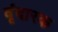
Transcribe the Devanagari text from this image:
वृंदारक